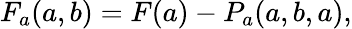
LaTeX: F_{a}(a,b)=F(a)-P_{a}(a,b,a),